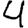
Digit: 4